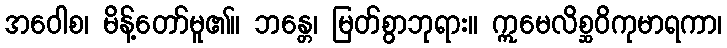
အဝေါစ၊ မိန့်တော်မူ၏။ ဘန္တေ၊ မြတ်စွာဘုရား။ ဣမေလိစ္ဆဝိကုမာရကာ၊